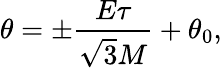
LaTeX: \theta=\pm\frac{E\tau}{\sqrt{3}M}+\theta_{0},